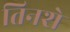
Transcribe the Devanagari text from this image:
तिनशे